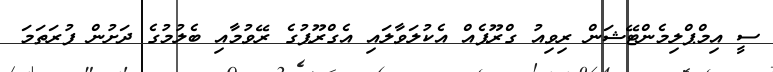
ސީ އިމްޕްލިމެންޓޭޝަން ރިވިއު ގްރޫޕެއް އެކުލަވާލައި އެގްރޫޕުގެ ރޭވުމާއި ބެލުމުގެ ދަށުން ފުރަތަމަ